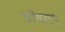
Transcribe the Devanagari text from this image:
थॉयराय